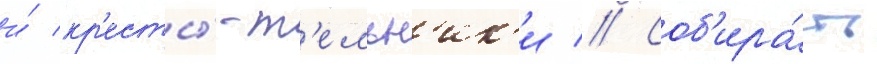
и́ кр'есты́-т'ельн'ик'и // Соб'ира́ть